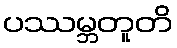
ပဿမ္ဘတူတိ